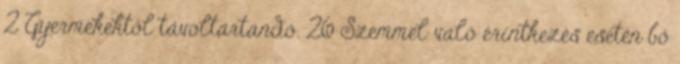
2 Gyermekektől távoltartandó. 26 Szemmel való érintkezés esetén bő